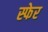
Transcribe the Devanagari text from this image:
स्फेर